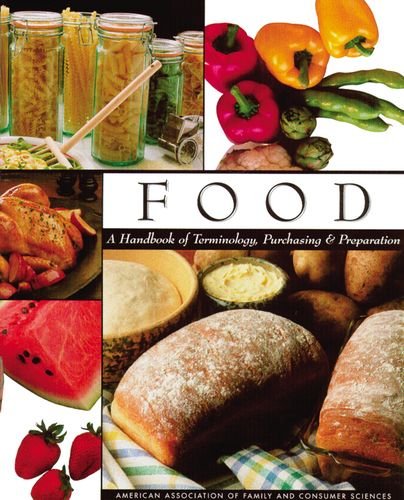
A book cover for Food: A Handbook of Terminology, Purchasing, and Preparation Textbook; Aafcs; Teen & Young Adult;